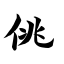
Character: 佻